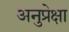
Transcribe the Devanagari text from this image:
अनुप्रेक्षा